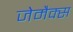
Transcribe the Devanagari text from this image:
जेमैक्स